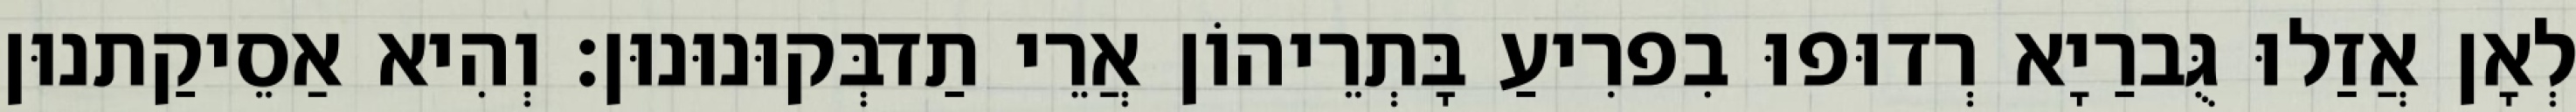
לְאָן אֲזַלוּ גֻּברַיָא רְדוּפוּ בִפרִיעַ בָּתְרֵיהוֹן אֲרֵי תַדבְּקוּנוּנוּן׃ וְהִיא אַסֵיקַתנוּן